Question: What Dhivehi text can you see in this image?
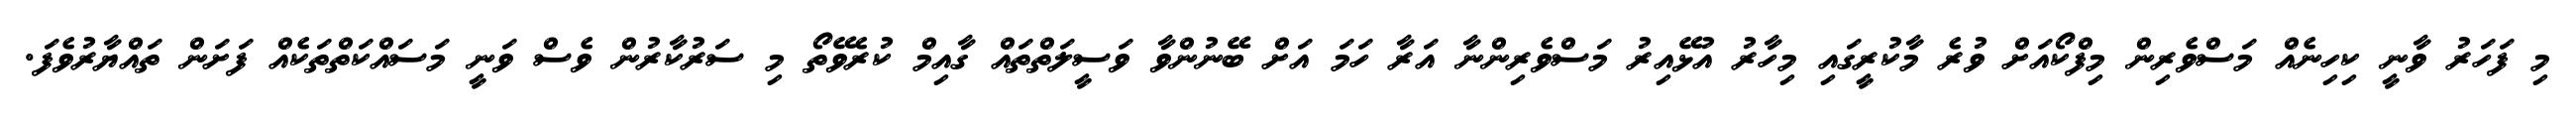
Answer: މި ފަހަރު ވާނީ ކިހިނެއް މަސްވެރިން މިފްކޯއަށް ވުރެ މާކުރީގައި މިހާރު އުޅޭއިރު މަސްވެރިންނާ އަރާ ހަމަ އަށް ބޭނުންވާ ވަސީލަތްތައް ގާއިމް ކުރެވޭތޯ މި ސަރުކާރުން ވެސް ވަނީ މަސައްކަތްތަކެއް ފަށަން ތައްޔާރުވެފަ.